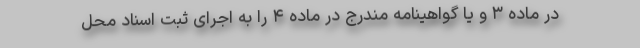
در ماده ۳ و یا گواهینامه مندرج در ماده ۴ را به اجرای ثبت اسناد محل